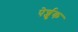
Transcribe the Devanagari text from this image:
पेर्ज्जुक